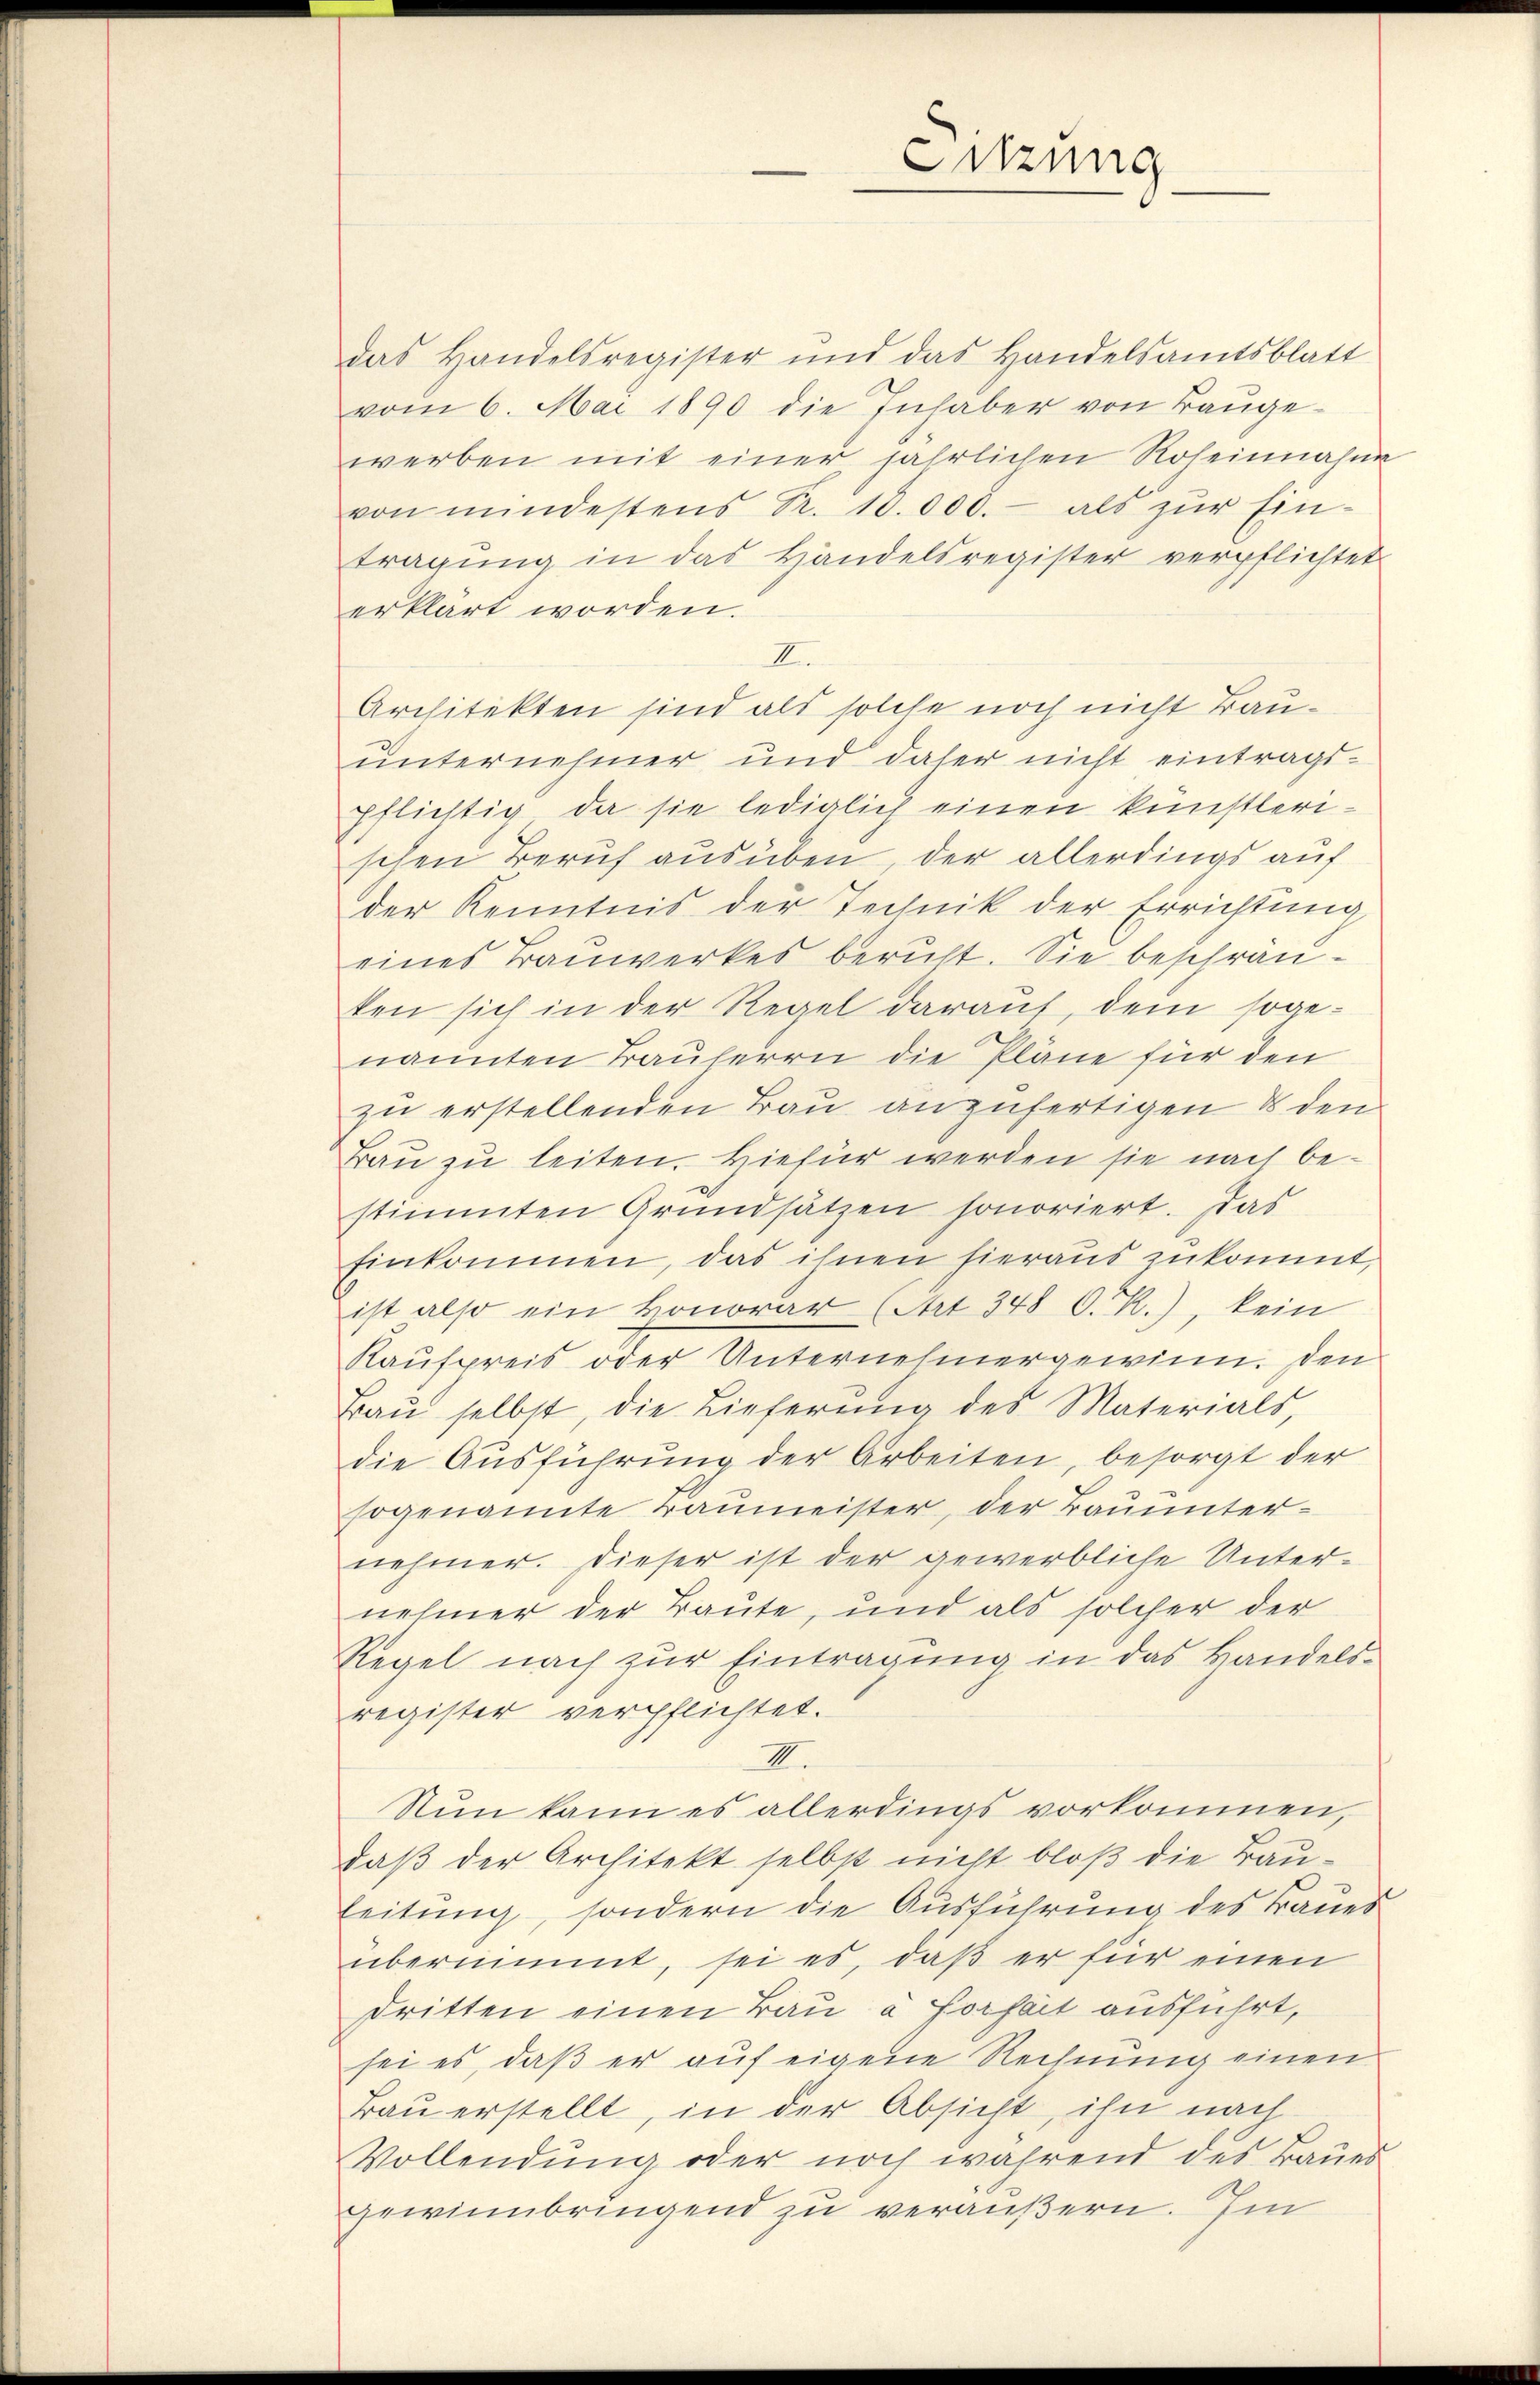
Sitzung

das Handelsregister und das Handelsamtsblatt
vom 6. Mai 1890 die Inhaber von Baŭge-
werben mit einer jährlichen Roheinnahm
von mindestens Fr. 18.000.- als zŭr Ein-
tragung in das Handelsregister verpflichtet
erklärt worden.
I
Architekten sind als solche noch nicht Bauunternehmer und daher nicht eintragspflichtig, da sie lediglich einen künstlerischen Beruf ausüben, der allerdings auf
der Kenntnis der Technik der Errichtung
eines Tauwerkes beruht. Sie beschränten sich in der Regel darauf, dem sogenannten Bauherrn die Pläne für den
zu erstellenden Bau anzufertigen & den
Bau zu leiten. Hiefür werden sie nach bestimmten Grundsätzen honoriert. Das
Einkommen, das ihnen hieraus zukommt,
ist also ein Honorar (Art. 348 O. R.), kein
Kaufpreis oder Unternehmergewinn. Den
Baŭ selbst, die Lieferŭng des Materials,
die Ausführung der Arbeiten, besorgt der
sogenannte Baŭmeister, der Bauunternehmer. Dieser ist der gewerbliche Unternehmer der Baute, und als solcher der
Regel nach zur Eintragung in das Handels-
register verpflichtet.
II.
Nun kann es allerdings vorkommen,
daß der Architekt selbst nicht bloß die Bau¬
Leitung, sondern die Ausführung des Baues
übernimmt, sei es, daß er für einen
dritten einen Bau à forfait ausführt,
sei es, daß er auf eigene Rechnung einen
Bau erstellt, in der Absicht, ihn nach
Vollendung oder noch während des Baues
gewinnbringend zu veräußern. Im